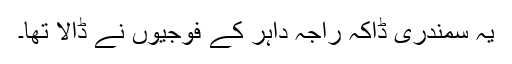
یہ سمندری ڈاکہ راجہ داہر کے فوجیوں نے ڈالا تھا۔